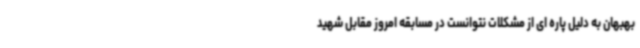
بهبهان به دلیل پاره ای از مشکلات نتوانست در مسابقه امروز مقابل شهید